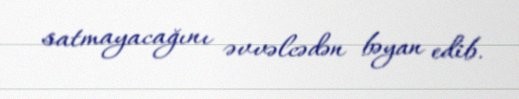
satmayacağını əvvəlcədən bəyan edib.